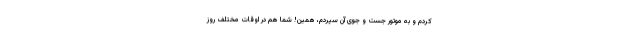
کردم و به موتور جست و جوی آن سپردم، همین! شما هم در اوقات مختلف روز